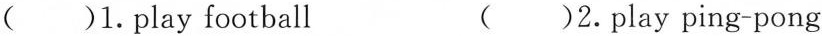
( )1.play football ( )2.play ping-pong